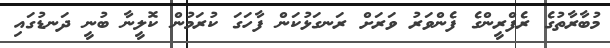
މުބާރާތުގެ ރެފްރީންގެ ފެންވަރު ވަރަށް ރަނގަޅުކަން ފާހަގަ ކުރަމުން ކޮލީނާ ބުނީ ދަނޑުގައި